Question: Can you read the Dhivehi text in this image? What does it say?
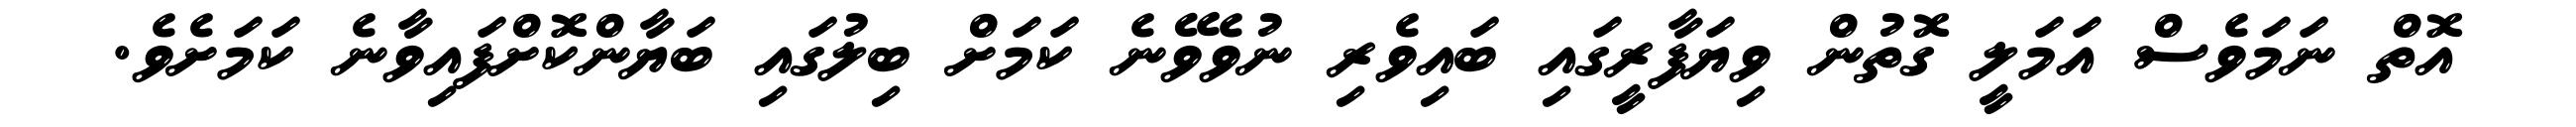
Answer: އޮތް ނަމަވެސް އަމަލީ ގޮތުން ވިޔަފާރީގައި ބައިވެރި ނުވެވޭނެ ކަމަށް ބިލުގައި ބަޔާންކޮށްފައިވާނެ ކަމަށެވެ.